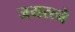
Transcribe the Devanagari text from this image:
जयरत्ने